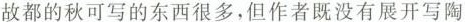
故都的秋可写的东西很多，但作者既没有展开写陶